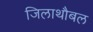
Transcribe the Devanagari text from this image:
जिलाथौबल